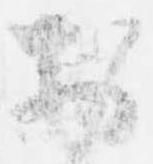
於